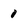
Character: 0